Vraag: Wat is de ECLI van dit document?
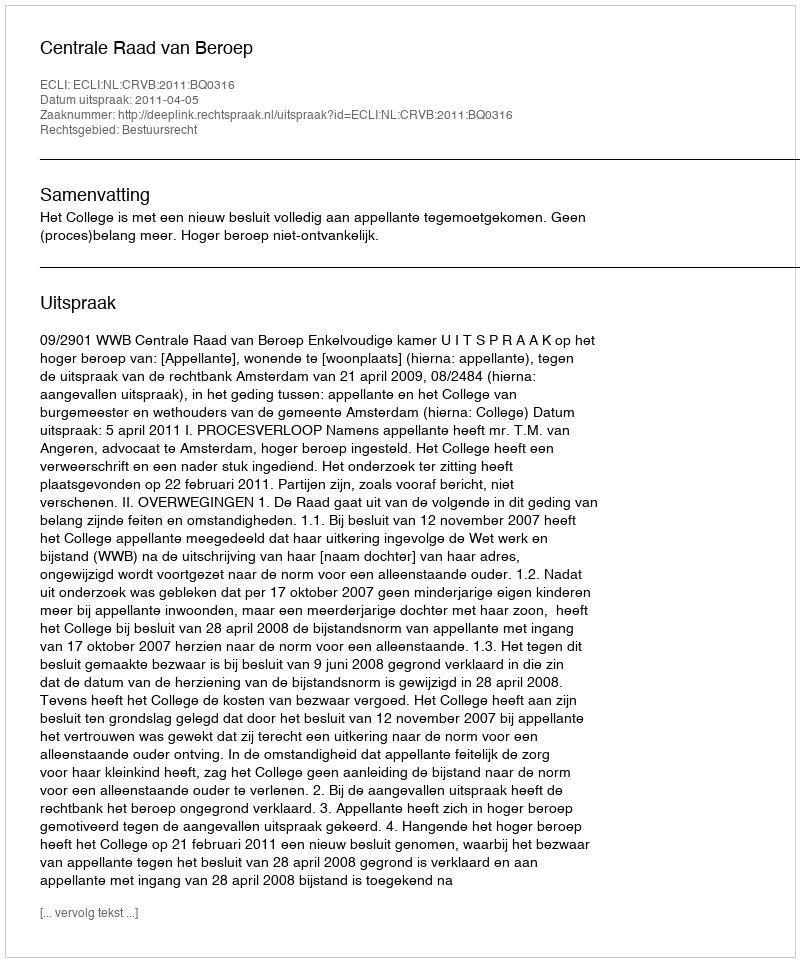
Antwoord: ECLI:NL:CRVB:2011:BQ0316